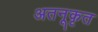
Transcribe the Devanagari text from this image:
अतनूकृत